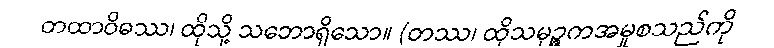
တထာဝိဓဿ၊ ထိုသို့ သဘောရှိသော။ (တဿ၊ ထိုသမုဉ္ဇကအမှုစသည်ကို